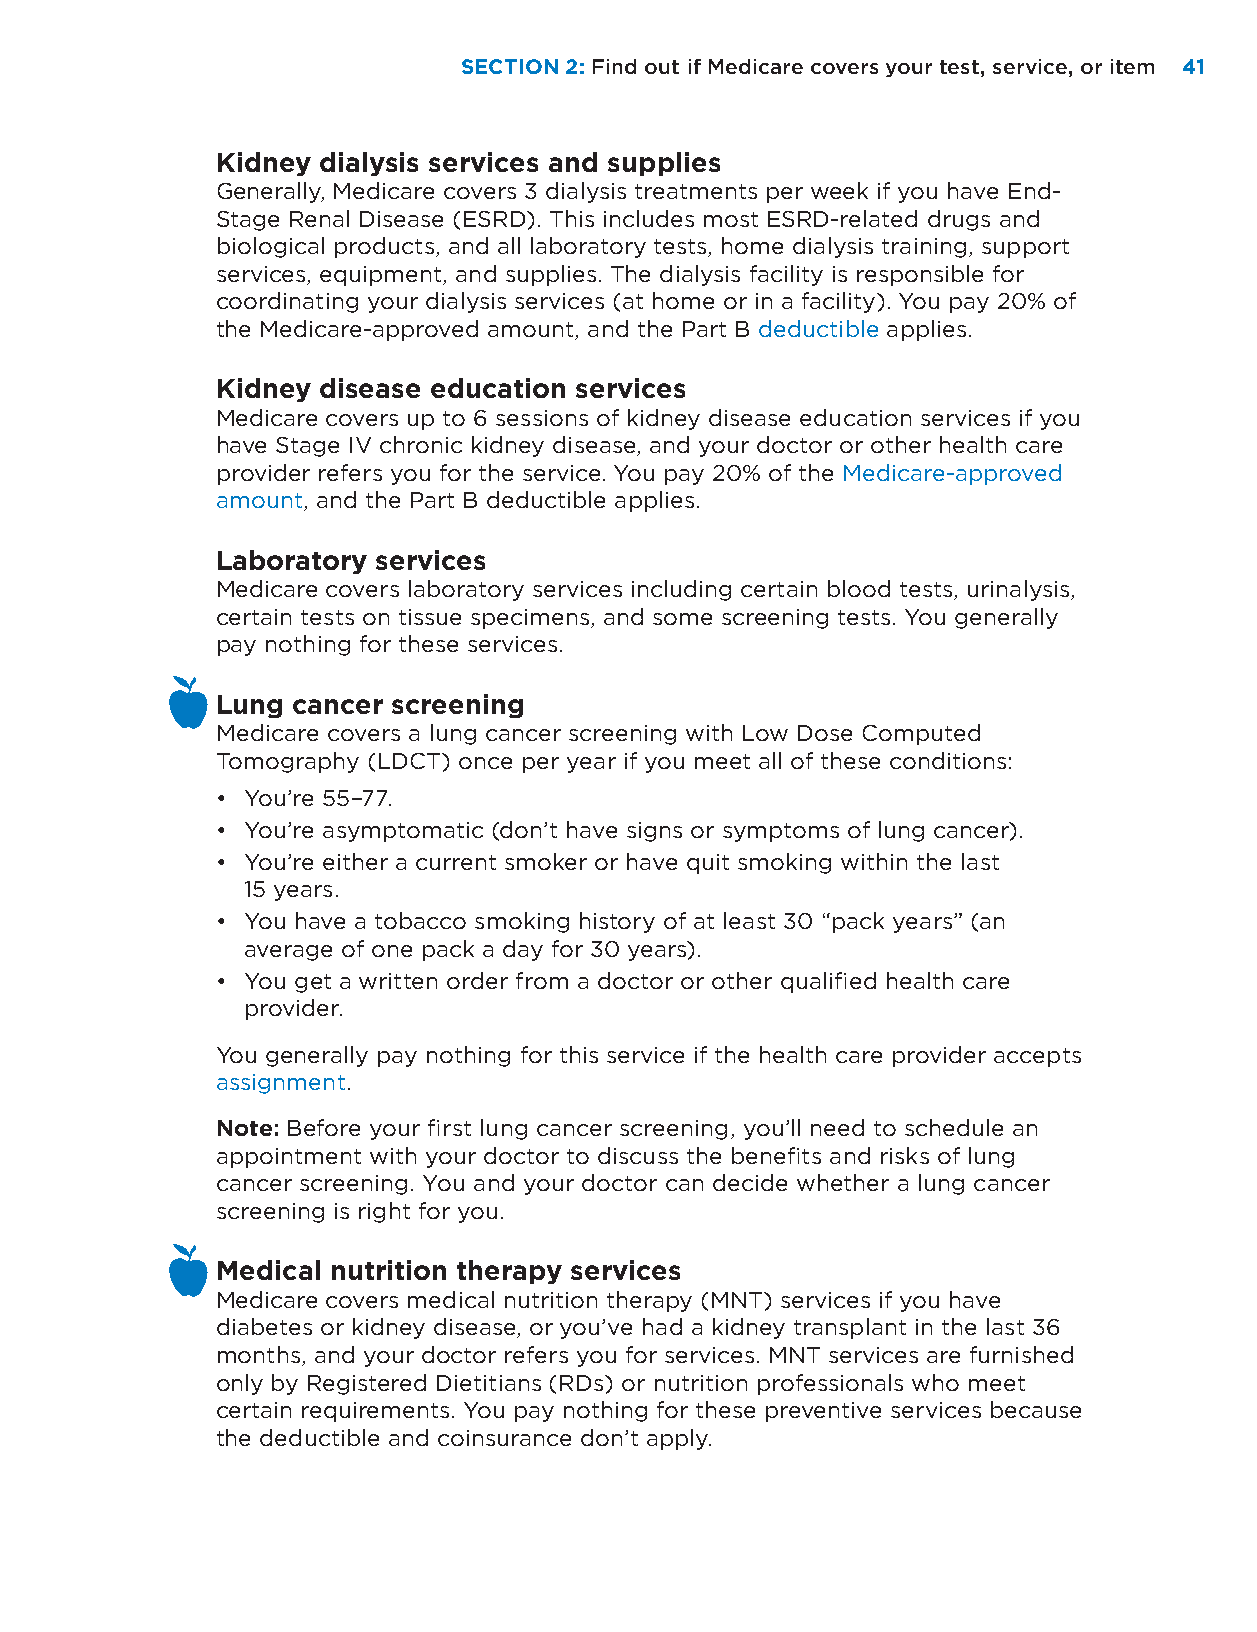
SECTION 2: Find out if Medicare covers your test, service, or item 4411
 Kidney dialysis services and supplies
 Generally, Medicare covers 3 dialysis treatments per week if you have End-
 Stage Renal Disease (ESRD). This includes most ESRD-related drugs and
 biological products, and all laboratory tests, home dialysis training, support
 services, equipment, and supplies. The dialysis facility is responsible for
 coordinating your dialysis services (at home or in a facility). You pay 20% of
 the Medicare-approved amount, and the Part B deductible applies.
 Kidney disease education services
 Medicare covers up to 6 sessions of kidney disease education services if you
 have Stage IV chronic kidney disease, and your doctor or other health care
 provider refers you for the service. You pay 20% of the Medicare-approved
 amount, and the Part B deductible applies.
 Laboratory services
 Medicare covers laboratory services including certain blood tests, urinalysis,
 certain tests on tissue specimens, and some screening tests. You generally
 pay nothing for these services.
 Lung cancer screening
 Medicare covers a lung cancer screening with Low Dose Computed
 Tomography (LDCT) once per year if you meet all of these conditions:
 • You’re 55–77.
 • You’re asymptomatic (don’t have signs or symptoms of lung cancer).
 • You’re either a current smoker or have quit smoking within the last
 15 years.
 • You have a tobacco smoking history of at least 30 “pack years” (an
 average of one pack a day for 30 years).
 • You get a written order from a doctor or other qualified health care
 provider.
 You generally pay nothing for this service if the health care provider accepts
 assignment.
 Note: Before your first lung cancer screening, you’ll need to schedule an
 appointment with your doctor to discuss the benefits and risks of lung
 cancer screening. You and your doctor can decide whether a lung cancer
 screening is right for you.
 Medical nutrition therapy services
 Medicare covers medical nutrition therapy (MNT) services if you have
 diabetes or kidney disease, or you’ve had a kidney transplant in the last 36
 months, and your doctor refers you for services. MNT services are furnished
 only by Registered Dietitians (RDs) or nutrition professionals who meet
 certain requirements. You pay nothing for these preventive services because
 the deductible and coinsurance don’t apply.